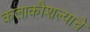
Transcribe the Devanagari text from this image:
कलाकौशल्याचे